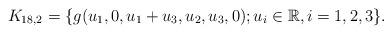
LaTeX: \begin{align*} K_{18,2}=\{g(u_1,0,u_1+u_3,u_2,u_3,0); u_i \in \mathbb R, i=1,2,3 \}. \end{align*}